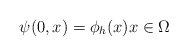
\begin{align*}\psi (0,x)=\phi _{h}(x)x\in \Omega \end{align*}